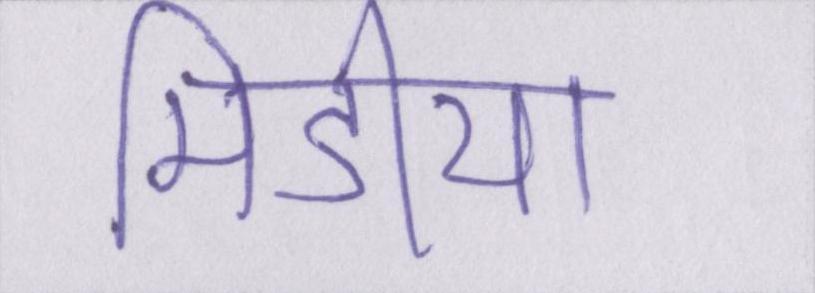
मिडीया